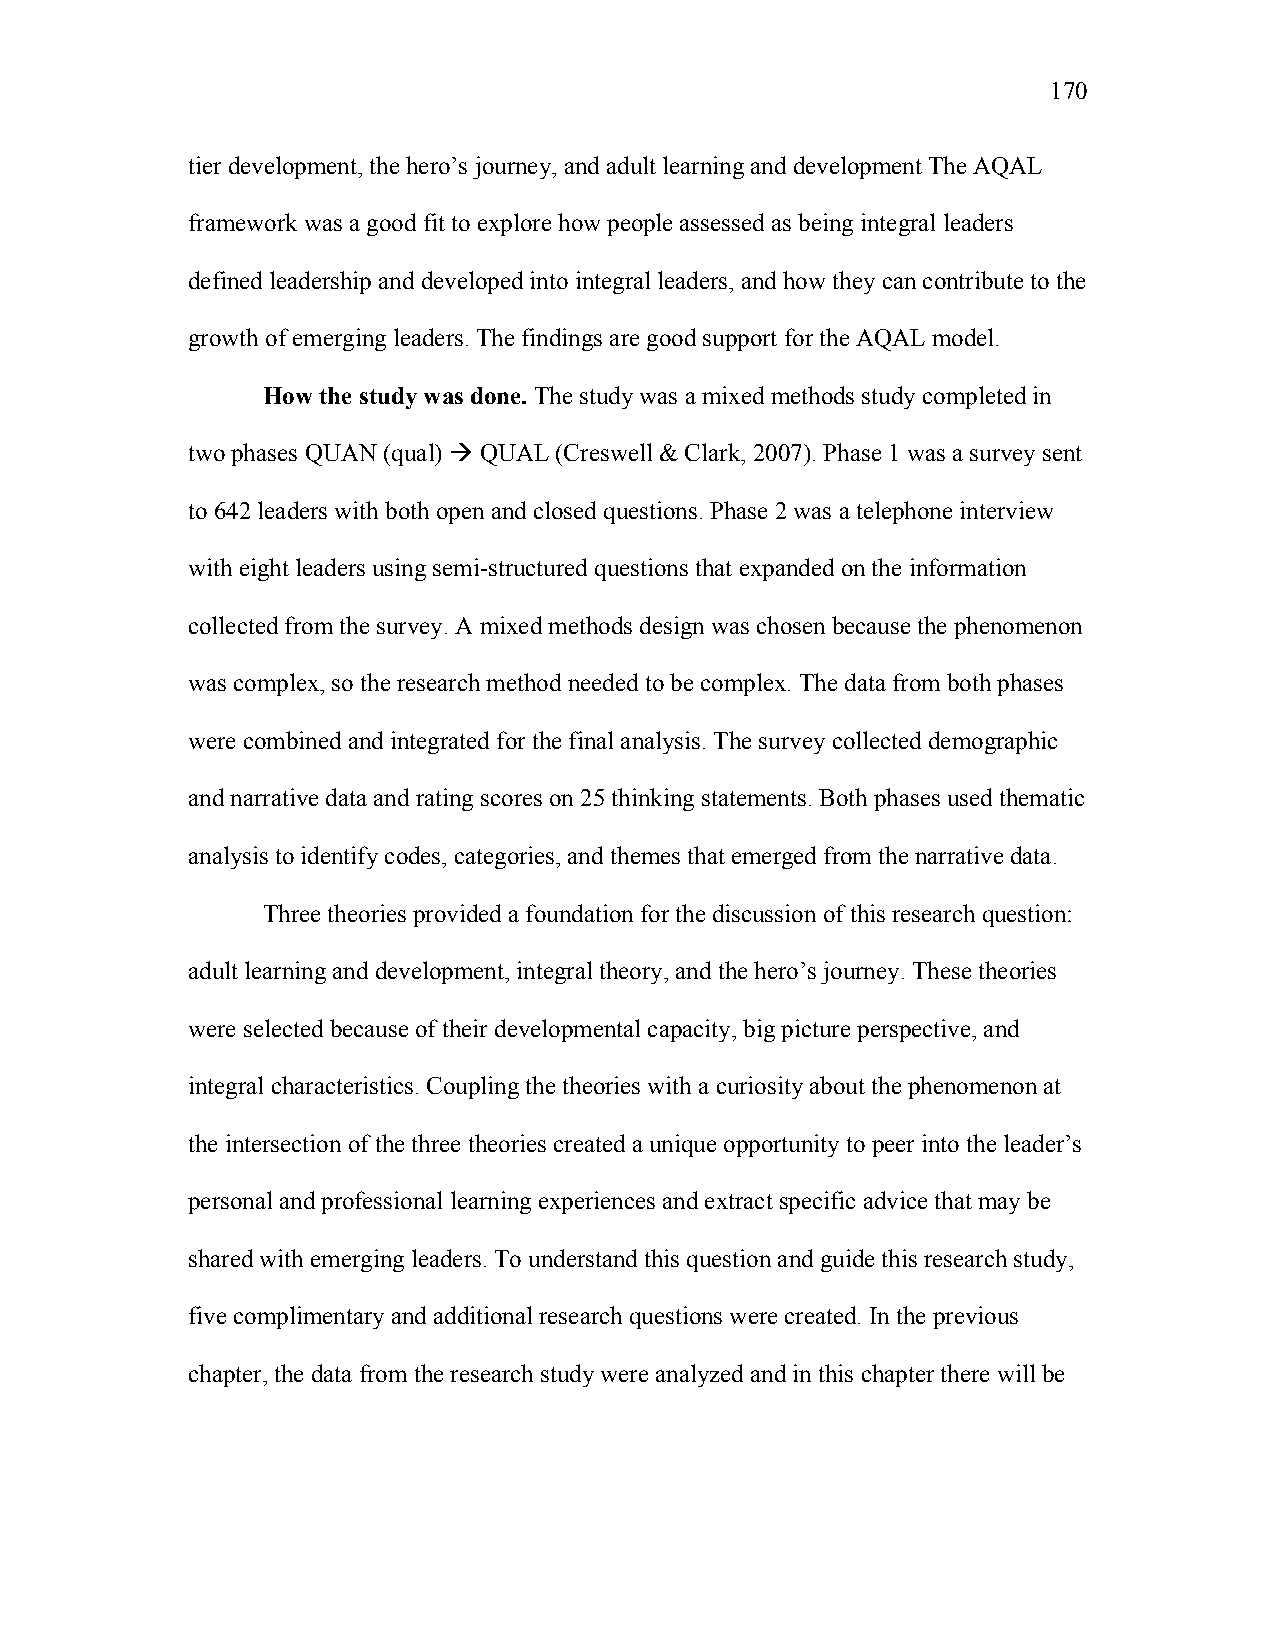
170
 tier development, the hero’s journey, and adult learning and development The AQAL
 framework was a good fit to explore how people assessed as being integral leaders
 defined leadership and developed into integral leaders, and how they can contribute to the
 growth of emerging leaders. The findings are good support for the AQAL model.
 How the study was done. The study was a mixed methods study completed in
 two phases QUAN (qual) ! QUAL (Creswell & Clark, 2007). Phase 1 was a survey sent
 to 642 leaders with both open and closed questions. Phase 2 was a telephone interview
 with eight leaders using semi-structured questions that expanded on the information
 collected from the survey. A mixed methods design was chosen because the phenomenon
 was complex, so the research method needed to be complex. The data from both phases
 were combined and integrated for the final analysis. The survey collected demographic
 and narrative data and rating scores on 25 thinking statements. Both phases used thematic
 analysis to identify codes, categories, and themes that emerged from the narrative data.
 Three theories provided a foundation for the discussion of this research question:
 adult learning and development, integral theory, and the hero’s journey. These theories
 were selected because of their developmental capacity, big picture perspective, and
 integral characteristics. Coupling the theories with a curiosity about the phenomenon at
 the intersection of the three theories created a unique opportunity to peer into the leader’s
 personal and professional learning experiences and extract specific advice that may be
 shared with emerging leaders. To understand this question and guide this research study,
 five complimentary and additional research questions were created. In the previous
 chapter, the data from the research study were analyzed and in this chapter there will be